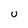
Character: U